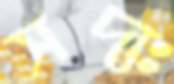
সদ্যঃ